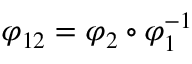
\varphi _ { 1 2 } = \varphi _ { 2 } \circ \varphi _ { 1 } ^ { - 1 }